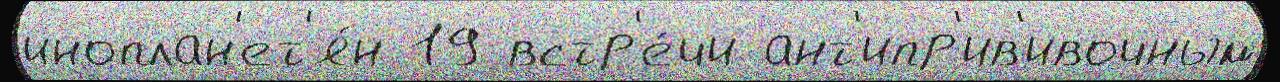
иноплан'ет'я́н 19 встр'е́чи ант'ипр'ив'ивочным